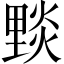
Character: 𨤮